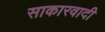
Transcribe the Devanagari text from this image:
साकारवादी